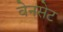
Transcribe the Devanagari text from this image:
वेनसेट